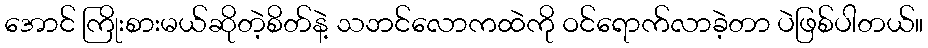
အောင် ကြိုးစားမယ်ဆိုတဲ့စိတ်နဲ့ သဘင်လောကထဲကို ဝင်ရောက်လာခဲ့တာ ပဲဖြစ်ပါတယ်။